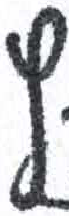
אות: ץ